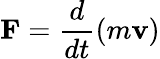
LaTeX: \mathbf{F}={\frac{d}{dt}}(m\mathbf{v})